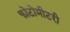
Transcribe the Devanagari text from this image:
फोटोमीटरी